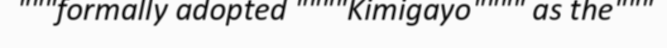
"""formally adopted """"Kimigayo"""" as the"""